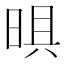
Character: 𭦈